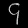
Digit: ၄